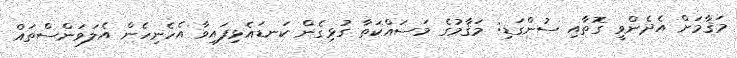
މަޤާމަށް އެދެންވީ ގޮތާއި ސުންގަޑި: މަޤާމުގެ މަސައްކަތާ ގުޅިގެން ކަނޑައެޅިފައިވާ އެހެނިހެން އެލަވަންސްތައް